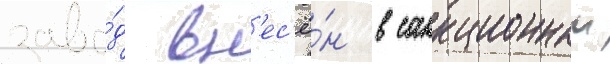
заво́д вн'ес'ё́н в санкционныи